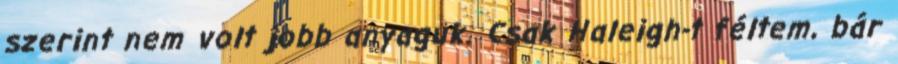
szerint nem volt jobb anyaguk. Csak Haleigh-t féltem, bár